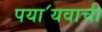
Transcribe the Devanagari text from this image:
पया॔यवाची